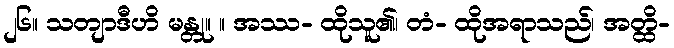
၂၆။ သတျာဒီဟိ မန္တု။ ။ အဿ- ထိုသူ၏၊ တံ- ထိုအရာသည်၊ အတ္ထိ-